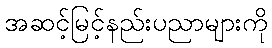
အဆင့်မြင့်နည်းပညာများကို